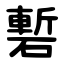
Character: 磛